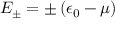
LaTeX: E _ { \pm } = \pm \left( \epsilon _ { 0 } - \mu \right)